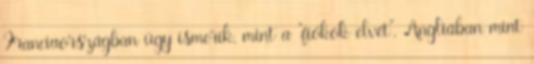
Franciaországban úgy ismerik, mint a “fiókok elvét”, Angliában mint